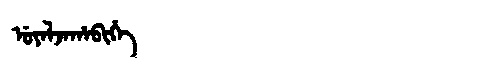
Manchu: ᡠᠶᠠᠯᠵᠠᡥᠠᠪᡳᡥᡝ
Romanization: UYALJAHABIHE